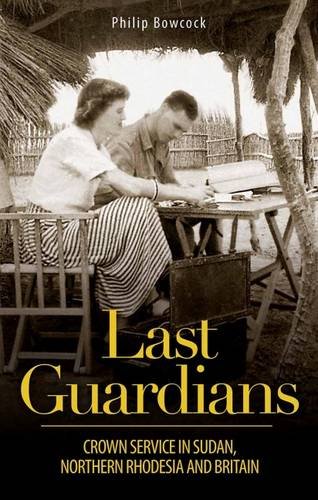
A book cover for Last Guardians: Crown Service in Sudan, Northern Rhodesia and Britain; Philip Bowcock; History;